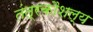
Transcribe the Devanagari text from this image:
तंत्रकौशल्य